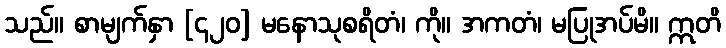
သည်။ စာမျက်နှာ [၄၂၀] မနောသုစရိတံ၊ ကို။ အကတံ၊ မပြုအပ်မိ။ ဣတိ